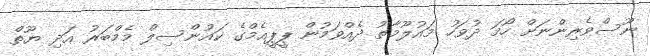
ނޫސްވެރިންނަށް ހޯމަ ދުވަހު މައުލޫމާތު ދެއްވަމުން ޕީޕީއެމްގެ ކައުންސިލް މެމްބަރު އަދި ޔޫތް